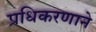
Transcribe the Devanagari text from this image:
प्रधिकरणाने